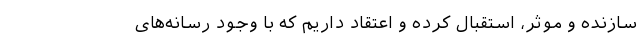
سازنده و موثر، استقبال کرده و اعتقاد داریم که با وجود رسانه‌‌های